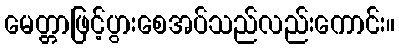
မေတ္တာဖြင့်ပွားစေအပ်သည်လည်းကောင်း။